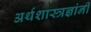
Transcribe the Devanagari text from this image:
अर्थशास्त्रज्ञांनी